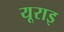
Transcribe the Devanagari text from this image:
यूराइ